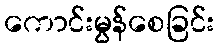
ကောင်းမွန်စေခြင်း